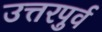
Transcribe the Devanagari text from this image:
उत्तरपुर्व